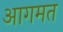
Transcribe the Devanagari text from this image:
आगमत